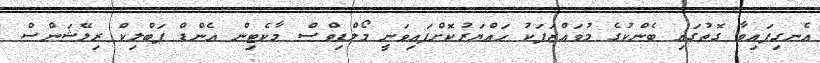
އެނގިފައިވާ ގޮތުގައި ބެންކުގެ މުވައްޒަފަކު ހައްޔަރުކޮށްފައިވަނީ މޯލްޑިވްސް މާކެޓިން އެންޑް ޕަބްލިކް ރިލޭޝަންސް